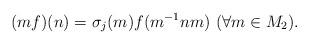
LaTeX: \begin{align*}(mf)(n)=\sigma_j(m)f(m^{-1}nm)\ (\forall m\in M_{2}).\end{align*}